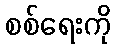
စစ်ရေးကို